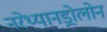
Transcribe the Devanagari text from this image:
नरेथ्यानड्रोलोन